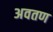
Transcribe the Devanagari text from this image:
अवतण